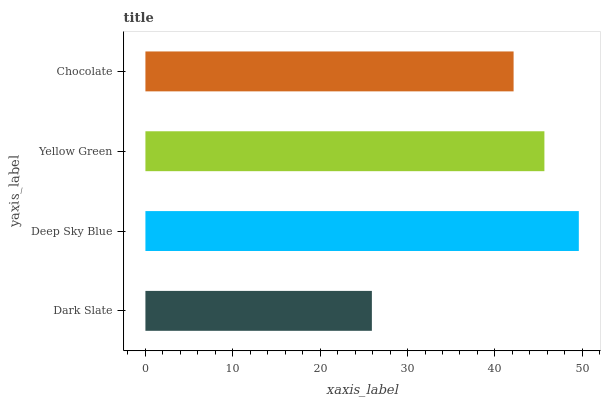
| yaxis_label | bars |
 | --- | --- |
 | Dark Slate | 25.9 |
 | Deep Sky Blue | 49.6 |
 | Yellow Green | 45.7 |
 | Chocolate | 42.1 |